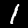
Digit: 1